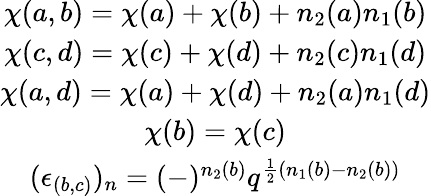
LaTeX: \begin{array}{c}{{\chi(a,b)=\chi(a)+\chi(b)+n_{2}(a)n_{1}(b)}}\\ {{\chi(c,d)=\chi(c)+\chi(d)+n_{2}(c)n_{1}(d)}}\\ {{\chi(a,d)=\chi(a)+\chi(d)+n_{2}(a)n_{1}(d)}}\\ {{\chi(b)=\chi(c)}}\\ {{(\epsilon_{(b,c)})_{n}=(-)^{n_{2}(b)}q^{\frac{1}{2}(n_{1}(b)-n_{2}(b))}}}\end{array}